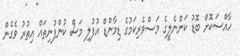
ހާއްސަކޮށް ބޮޑު ކަންނެލީގެ މަސްވެރިކަމުގެ ޑިމާންޑް އުފުލި މަސް ކުންފުނިތައް އިތުރު ވެގެން